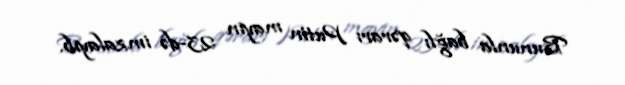
Bununla bağlı qərarı Putin mayın 23-də imzalayıb.